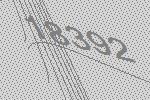
18392